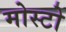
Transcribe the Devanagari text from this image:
मोस्टो